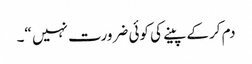
دم کرکے پینے کی کوئی ضرورت نہیں “۔